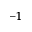
^ { - 1 }